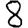
Digit: 8